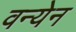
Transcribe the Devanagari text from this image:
वन्येन